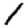
Digit: 1